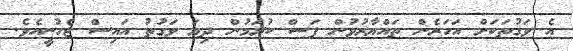
އެ ވަގުތަކަށް އަހަރެން ތައްޔާރުވުން ފަސް ކުރަމުން ދިޔަ ވަގުތު އައިސް ޖެހުނީއެވެ.